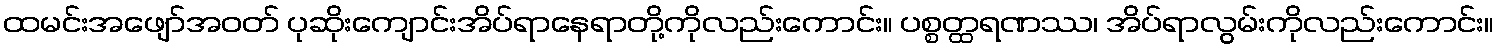
ထမင်းအဖျော်အဝတ် ပုဆိုးကျောင်းအိပ်ရာနေရာတို့ကိုလည်းကောင်း။ ပစ္စတ္ထရဏဿ၊ အိပ်ရာလွမ်းကိုလည်းကောင်း။